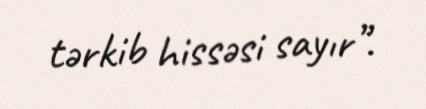
tərkib hissəsi sayır”.